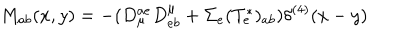
LaTeX: M _ { a b } ( x , y ) = - ( D _ { \mu } ^ { a e } D _ { e b } ^ { \mu } + \Sigma _ { e } ( T _ { e } ^ { \ast } ) _ { a b } ) \delta ^ { ( 4 ) } ( x - y )